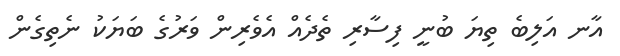
އާނ އަލިބެ ތިޔަ ބުނީ ފިސާރި ތެދެއް އެވެރިން ވަރުގެ ބަޔަކު ނެތިގެން